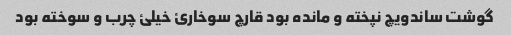
گوشت ساندویچ نپخته و مانده بود قارچ سوخارئ خیلئ چرب و سوخته بود